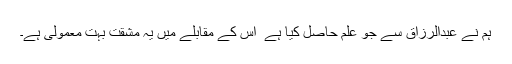
ہم نے عبدالرزاق سے جو علم حاصل کیا ہے ٗ اس کے مقابلے میں یہ مشقت بہت معمولی ہے۔